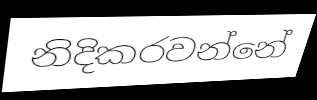
නිදිකරවන්නේ